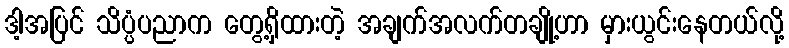
ဒါ့အပြင် သိပ္ပံပညာက တွေ့ရှိထားတဲ့ အချက်အလက်တချို့ဟာ မှားယွင်းနေတယ်လို့